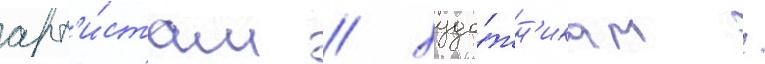
арт'и́стам / худо́жн'икам /